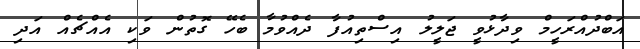
އަބްދުއްރަހީމް ވިދާޅުވީ ޖަލީލު އިސްތިއުފާ ދެއްވުމާ ބެހޭ ގޮތުން ވަކި އެއްޗެއް އަދި